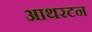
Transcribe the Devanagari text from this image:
आथरटन